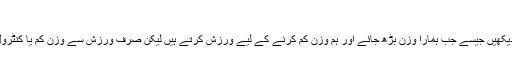
نفس کو کمزور کرنے کا طریقہ:
نفس کو کمزور کیا جانے کے طریقہ کار کو اس مثال کے تناظر میں دیکھیں جیسے جب ہمارا وزن بڑھ جائے اور ہم وزن کم کرنے کے لیے ورزش کرتے ہیں لیکن صرف ورزش سے وزن کم یا کنٹرول نہیں ہو گا اس کے ساتھ ساتھ خوراک کو بھی مد نظر رکھنا ہوتا ہے۔